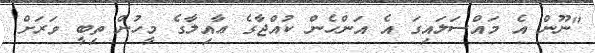
"ނޫން އެ މައްސަލައިގަ އެ އަންހެން ކުއްޖާގެ ޢާއިލާގެ މީހުން ތިބީ ވަރަށް